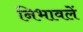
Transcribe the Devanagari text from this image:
निभावलें